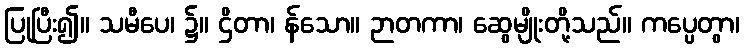
ပြုပြီး၍။ သမီပေ၊ ၌။ ဌိတာ၊ န်သော။ ဉာတကာ၊ ဆွေမျိုးတို့သည်။ ကပ္ပေတွာ၊